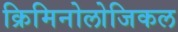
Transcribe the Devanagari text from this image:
क्रिमिनोलोजिकल